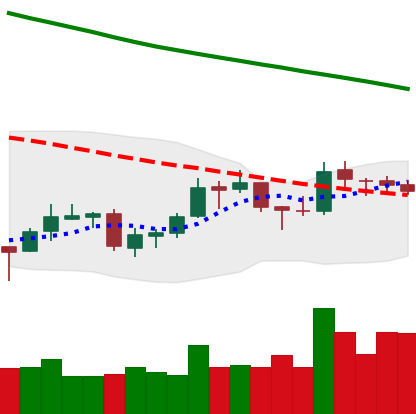
Ticker: LTC-USD
Chart end date: 2018-10-01
Forward return: -3.926%
Label: down_3_5